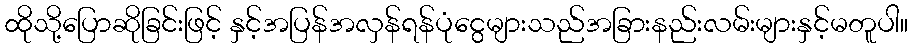
ထိုသို့ပြောဆိုခြင်းဖြင့် နှင့်အပြန်အလှန်ရန်ပုံငွေများသည်အခြားနည်းလမ်းများနှင့်မတူပါ။